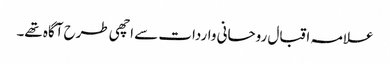
علامہ اقبال روحانی واردات سے اچھی طرح آگاہ تھے۔